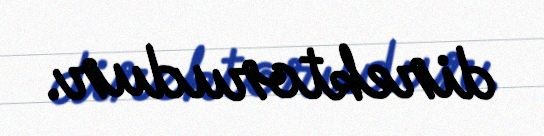
direktorudur.